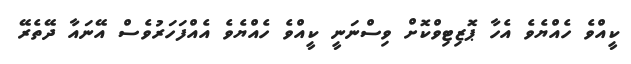
ކީއްވެ ހެއްޔެވެ އެހާ ޕޮޒިޓިވްކޮށް ވިސްނަނީ ކީއްވެ ހެއްޔެވެ އެއްފަހަރުވެސް އޭނައާ ދޭތެރޭ